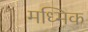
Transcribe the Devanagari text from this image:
मध्मिक